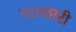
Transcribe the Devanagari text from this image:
गतकारी